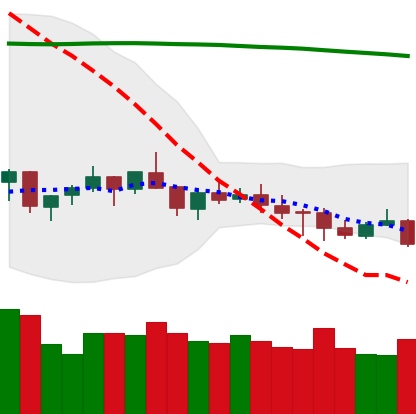
Ticker: XMR-USD
Chart end date: 2021-07-19
Forward return: 10.524%
Label: up_7plus